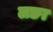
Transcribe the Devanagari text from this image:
लङा